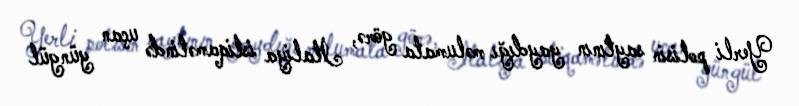
Yerli polisin saytının yaydığı məlumata görə, İtaliya istiqamətində uçan yüngül